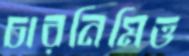
চারনিমিত্ত